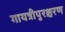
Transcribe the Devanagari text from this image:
गायत्रीपुरश्चरण